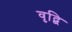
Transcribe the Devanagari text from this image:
वृद्बि